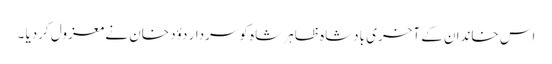
اس خاندان کے آخری بادشاہ ظاہر شاہ کو سردار دؤد خان نے معزول کردیا ۔